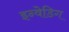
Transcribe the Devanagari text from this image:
इन्वेडिग